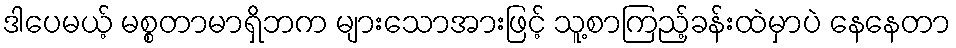
ဒါပေမယ့် မစ္စတာမာရှိဘက များသောအားဖြင့် သူ့စာကြည့်ခန်းထဲမှာပဲ နေနေတာ